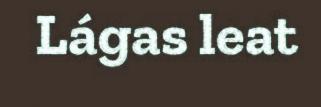
Lágas leat